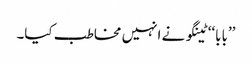
’’بابا‘‘ ٹینگو نے انہیں مخاطب کیا۔